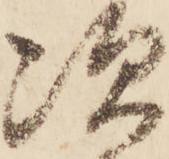
次